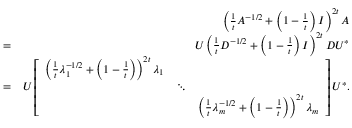
\begin{array} { r l r } & { } & { \left( \frac { 1 } { t } A ^ { - 1 / 2 } + \left( 1 - \frac { 1 } { t } \right) I \right) ^ { 2 t } A } \\ & { = } & { U \left( \frac { 1 } { t } D ^ { - 1 / 2 } + \left( 1 - \frac { 1 } { t } \right) I \right) ^ { 2 t } D U ^ { * } } \\ & { = } & { U \left[ \begin{array} { l l l } { \left( \frac { 1 } { t } \lambda _ { 1 } ^ { - 1 / 2 } + \left( 1 - \frac { 1 } { t } \right) \right) ^ { 2 t } \lambda _ { 1 } } & & \\ & { \ddots } & \\ & & { \left( \frac { 1 } { t } \lambda _ { m } ^ { - 1 / 2 } + \left( 1 - \frac { 1 } { t } \right) \right) ^ { 2 t } \lambda _ { m } } \end{array} \right] U ^ { * } . } \end{array}